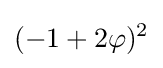
(-1+2\varphi )^{2}